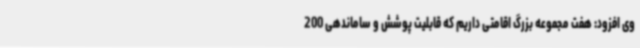
وی افزود: هفت مجموعه بزرگ اقامتی داریم که قابلیت پوشش و ساماندهی 200